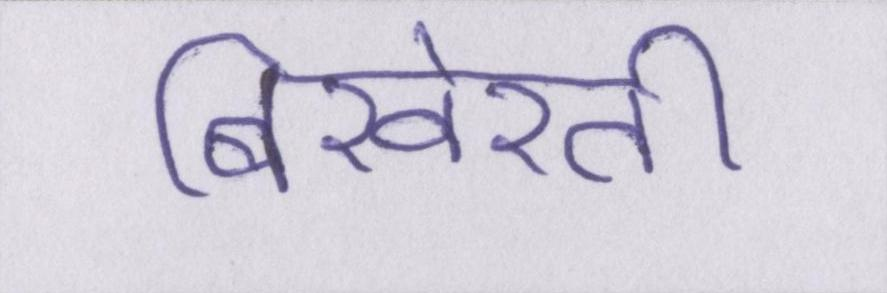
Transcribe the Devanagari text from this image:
बिखेरती